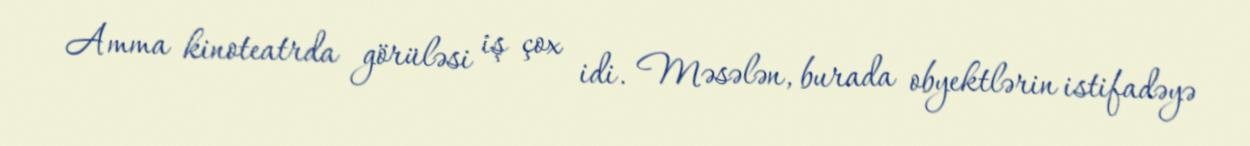
Amma kinoteatrda görüləsi iş çox idi. Məsələn, burada obyektlərin istifadəyə